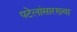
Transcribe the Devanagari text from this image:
पटेलांसारख्या